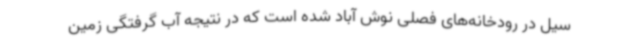
سیل در رودخانه‌های فصلی نوش آباد شده است که در نتیجه آب گرفتگی زمین